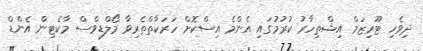
ދިވެހި ޓޫރިޒަމް އިޝްތިހާރު ކުރުމުގައި އެންމެ އިސްކޮށް ހަރަކާތްތެރިވާ މޯލްޑިވްސް މާކެޓިން އެންޑް